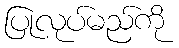
ပြုလုပ်မည်ကို